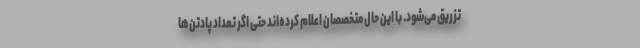
تزریق می‌شود. با این حال متخصصان اعلام کرده‌اند حتی اگر تعداد پادتن‌ها